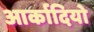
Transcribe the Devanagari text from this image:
आर्कादियो